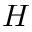
H